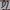
Text: D6